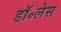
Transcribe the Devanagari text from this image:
डॉ॰लेस